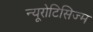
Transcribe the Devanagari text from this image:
न्यूरोटिसिज्म